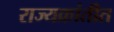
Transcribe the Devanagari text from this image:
राज्यक्रांतीत